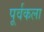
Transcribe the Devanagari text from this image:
पूर्वकला